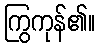
ကြွကုန်၏။